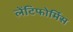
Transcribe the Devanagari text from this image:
लेंटिफोर्मिस